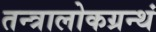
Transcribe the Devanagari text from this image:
तन्त्रालोकग्रन्थं